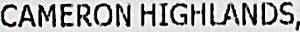
CAMERON HIGHLANDS,